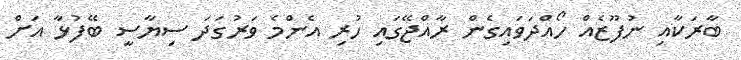
ބާރަކާއި ނުފޫޒެއް ހޯއްދަވައިގެން ރާއްޖޭގައި ހުރި އެންމެ ވަރުގަދަ ސިޔާސީ ބޭފުޅާ އަށް